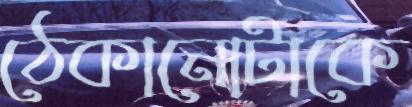
ঠেকানোটাকে